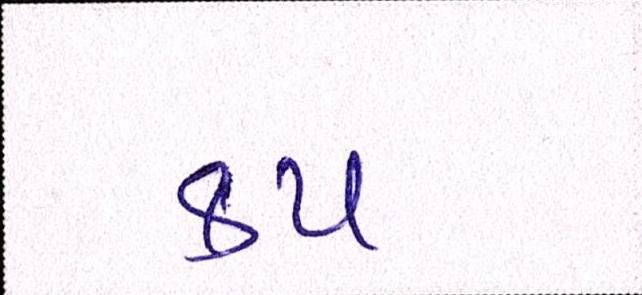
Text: કપ